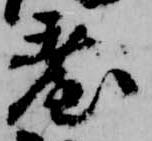
台